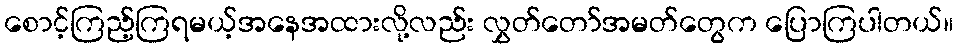
စောင့်ကြည့်ကြရမယ့်အနေအထားလို့လည်း လွှတ်တော်အမတ်တွေက ပြောကြပါတယ်။